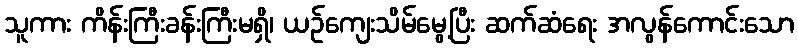
သူကား ကိန်းကြီးခန်းကြီးမရှိ၊ ယဉ်ကျေးသိမ်မွေ့ပြီး ဆက်ဆံရေး အလွန်ကောင်းသော